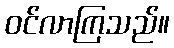
ဝင်လာကြသည်။